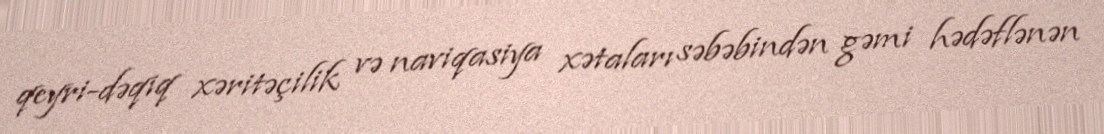
qeyri-dəqiq xəritəçilik və naviqasiya xətaları səbəbindən gəmi hədəflənən